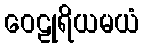
ဝေဠုရိယမယံ